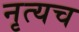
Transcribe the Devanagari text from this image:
नृत्यच